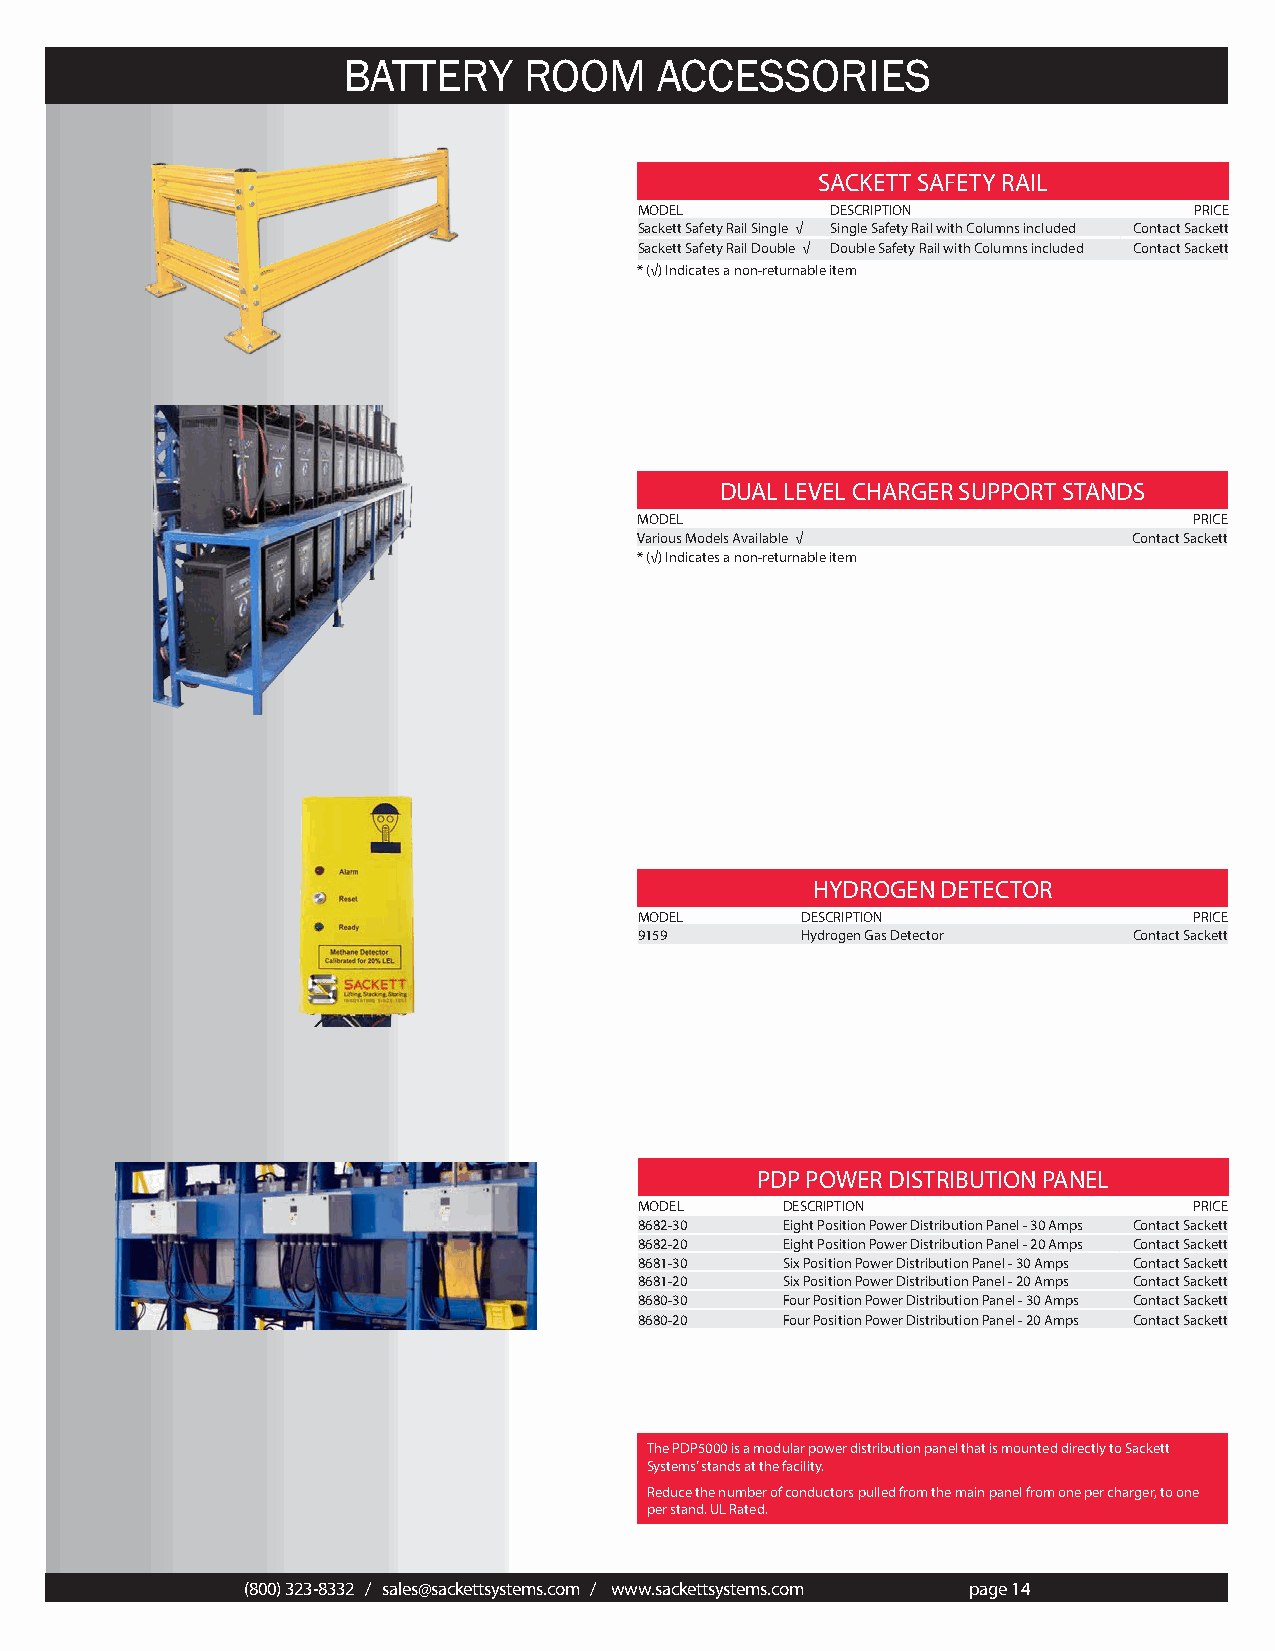
BATTERY     ROOM     ACCESSORIES
 SACKETT SAFETY RAIL
 MODEL        DESCRIPTION             PRICE
 Sackett Safety Rail Single √ Single Safety Rail with Columns included Contact Sackett
 Sackett Safety Rail Double √ Double Safety Rail with Columns included Contact Sackett
 * (√) Indicates a non-returnable item
 DUAL LEVEL CHARGER SUPPORT STANDS
 MODEL                                PRICE
 Various Models Available √       Contact Sackett
 * (√) Indicates a non-returnable item
 HYDROGEN DETECTOR
 MODEL      DESCRIPTION               PRICE
 9159       Hydrogen Gas Detector Contact Sackett
 PDP POWER DISTRIBUTION PANEL
 MODEL     DESCRIPTION                PRICE
 8682-30   Eight Position Power Distribution Panel - 30 Amps Contact Sackett
 8682-20   Eight Position Power Distribution Panel - 20 Amps Contact Sackett
 8681-30   Six Position Power Distribution Panel - 30 Amps Contact Sackett
 8681-20   Six Position Power Distribution Panel - 20 Amps Contact Sackett
 8680-30   Four Position Power Distribution Panel - 30 Amps Contact Sackett
 8680-20   Four Position Power Distribution Panel - 20 Amps Contact Sackett
 The PDP5000 is a modular power distribution panel that is mounted directly to Sackett
 Systems’ stands at the facility.
 Reduce the number of conductors pulled from the main panel from one per charger, to one
 per stand. UL Rated.
 (800) 323-8332 / sales@sackettsystems.com / www.sackettsystems.com page 14